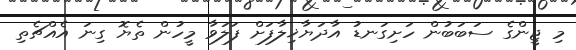
މި ޖީންގެ ސަބަބުން ހަށިގަނޑު އާދަޔާޚިލާފަށް ފަލަވާ މީހުން ތެޔޮ ގިނަ އެއްޗެތި